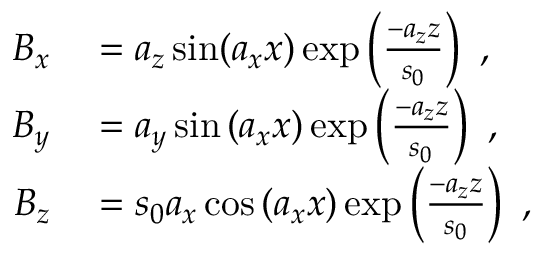
\begin{array} { r l } { B _ { x } } & { { } = a _ { z } \sin ( a _ { x } x ) \exp \left( \frac { - a _ { z } z } { s _ { 0 } } \right) ~ , } \\ { B _ { y } } & { { } = a _ { y } \sin { ( a _ { x } x ) } \exp \left( \frac { - a _ { z } z } { s _ { 0 } } \right) ~ , } \\ { B _ { z } } & { { } = s _ { 0 } a _ { x } \cos { ( a _ { x } x ) } \exp \left( \frac { - a _ { z } z } { s _ { 0 } } \right) ~ , } \end{array}